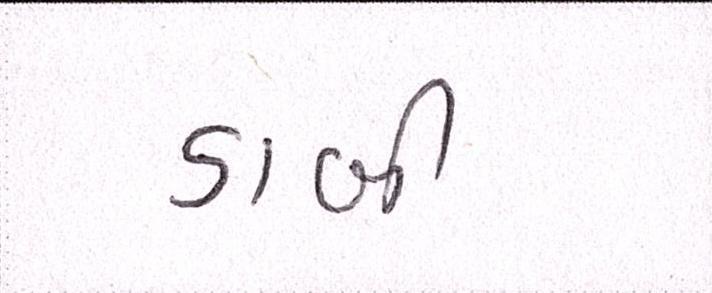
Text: ડાબી